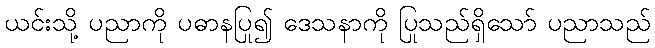
ယင်းသို့ ပညာကို ပဓာနပြု၍ ဒေသနာကို ပြုသည်ရှိသော် ပညာသည်